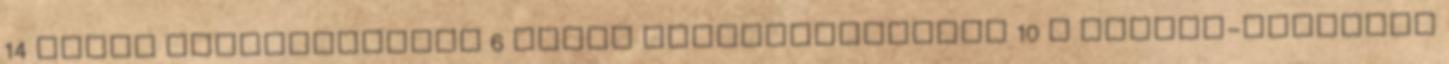
14 csepp rozmaringolaj 6 csepp eukaliptuszolaj 10 g kálium-karbonát